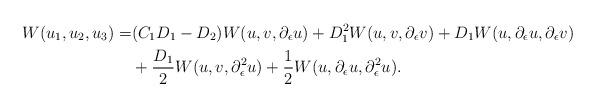
LaTeX: \begin{align*}W(u_1,u_2,u_3)=&(C_1D_1-D_2)W(u,v,\partial_\epsilon u)+D_1^2W(u,v,\partial_\epsilon v)+D_1W(u,\partial_\epsilon u, \partial_\epsilon v)\\&+\frac{D_1}{2}W(u,v,\partial_\epsilon^2 u)+\frac{1}{2}W(u,\partial_\epsilon u,\partial_\epsilon^2 u).\end{align*}